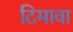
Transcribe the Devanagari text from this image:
टिमावा